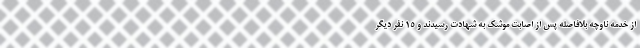
از خدمه ناوچه بلافاصله پس از اصابت موشک به شهادت رسیدند و ۱۵ نفر دیگر